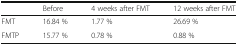
<table><thead><tr><td></td><td><b>Before</b></td><td><b>4 weeks after FMT</b></td><td><b>12 weeks after FMT</b></td></tr></thead><tbody><tr><td>FMT</td><td>16.84 %</td><td>1.77 %</td><td>26.69 %</td></tr><tr><td>FMTP</td><td>15.77 %</td><td>0.78 %</td><td>0.88 %</td></tr></tbody></table>